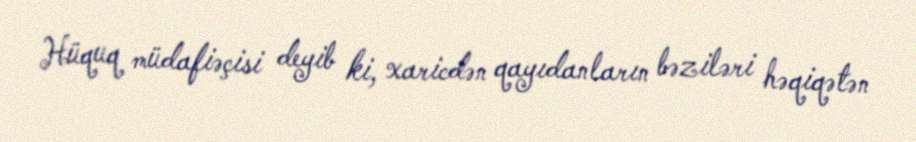
Hüquq müdafiəçisi deyib ki, xaricdən qayıdanların bəziləri həqiqətən